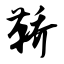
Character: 鞒